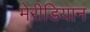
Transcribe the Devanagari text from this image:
मेरीडियान